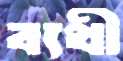
ব্যথী